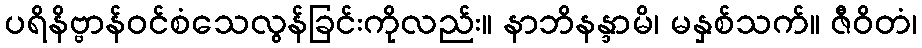
ပရိနိဗ္ဗာန်ဝင်စံသေလွန်ခြင်းကိုလည်း။ နာဘိနန္ဒာမိ၊ မနှစ်သက်။ ဇီဝိတံ၊